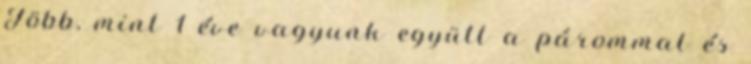
Több, mint 1 éve vagyunk együtt a párommal és